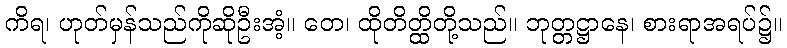
ကိရ၊ ဟုတ်မှန်သည်ကိုဆိုဦးအံ့။ တေ၊ ထိုတိတ္ထိတို့သည်။ ဘုတ္တဋ္ဌာနေ၊ စားရာအရပ်၌။